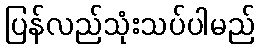
ပြန်လည်သုံးသပ်ပါမည်